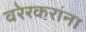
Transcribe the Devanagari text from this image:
वरेरकरांना